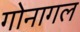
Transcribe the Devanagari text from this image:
गोनागल